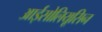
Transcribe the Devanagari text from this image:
आईसोलियूसिन